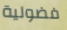
فضولية